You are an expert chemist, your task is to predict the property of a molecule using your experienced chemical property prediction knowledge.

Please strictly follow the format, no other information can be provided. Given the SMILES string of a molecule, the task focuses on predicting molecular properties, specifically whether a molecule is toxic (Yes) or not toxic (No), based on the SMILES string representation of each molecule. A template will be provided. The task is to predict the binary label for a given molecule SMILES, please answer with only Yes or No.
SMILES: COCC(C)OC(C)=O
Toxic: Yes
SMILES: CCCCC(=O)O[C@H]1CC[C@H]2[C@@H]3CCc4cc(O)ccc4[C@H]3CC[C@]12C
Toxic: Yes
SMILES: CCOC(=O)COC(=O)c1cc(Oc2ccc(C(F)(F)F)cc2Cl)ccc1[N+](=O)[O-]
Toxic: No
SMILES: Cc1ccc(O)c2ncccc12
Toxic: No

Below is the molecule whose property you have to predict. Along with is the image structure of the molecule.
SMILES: CCc1nccnc1C
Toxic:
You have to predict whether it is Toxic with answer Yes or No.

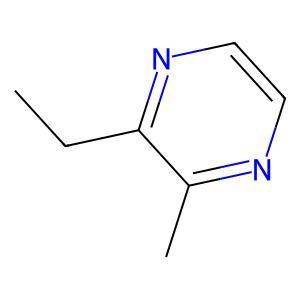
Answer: Yes